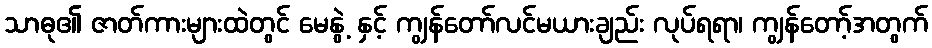
သာဓု၏ ဇာတ်ကားများထဲတွင် မေနွဲ့ နှင့် ကျွန်တော်လင်မယားချည်း လုပ်ရရာ၊ ကျွန်တော့်အတွက်